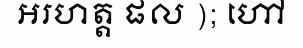
អរហត្ត ផល ); ហៅ